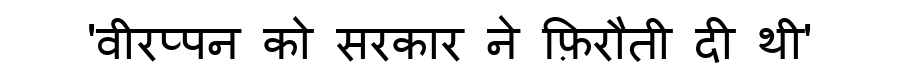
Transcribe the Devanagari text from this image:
'वीरप्पन को सरकार ने फ़िरौती दी थी'